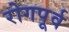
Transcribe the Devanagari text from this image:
रोगपूर्व